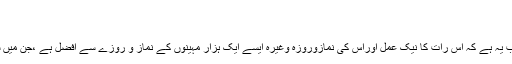
(مسنداحمد ابن حنبل)
’ایک ہزار مہینوں سے بہتر ‘ کے معنی
’ایک ہزار مہینوں سے بہتر ہے‘ کا مطلب یہ ہے کہ اس رات کا نیک عمل اوراس کی نمازوروزہ وغیرہ ایسے ایک ہزار مہینوں کے نماز و روزے سے افضل ہے ،جن میں شبِ قدر نہ ہو،مفسرین کا یہی ارشاد ہے۔